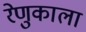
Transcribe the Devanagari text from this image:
रेणुकाला